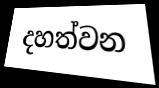
දහත්වන